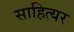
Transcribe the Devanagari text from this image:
साहित्यर